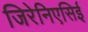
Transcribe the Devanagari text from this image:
जिरेनिएसिई